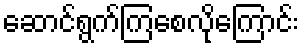
ဆောင်ရွက်ကြစေလိုကြောင်း